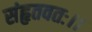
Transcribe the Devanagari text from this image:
संहृतवतः।।